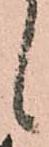
候